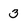
Character: 3